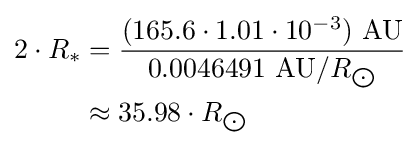
{\begin{aligned}2\cdot R_{*}&={\frac {(165.6\cdot 1.01\cdot 10^{-3})\ {\text{AU}}}{0.0046491\ {\text{AU}}/R_{\bigodot }}}\\&\approx 35.98\cdot R_{\bigodot }\end{aligned}}